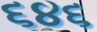
૬૪૬